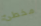
مخطئ